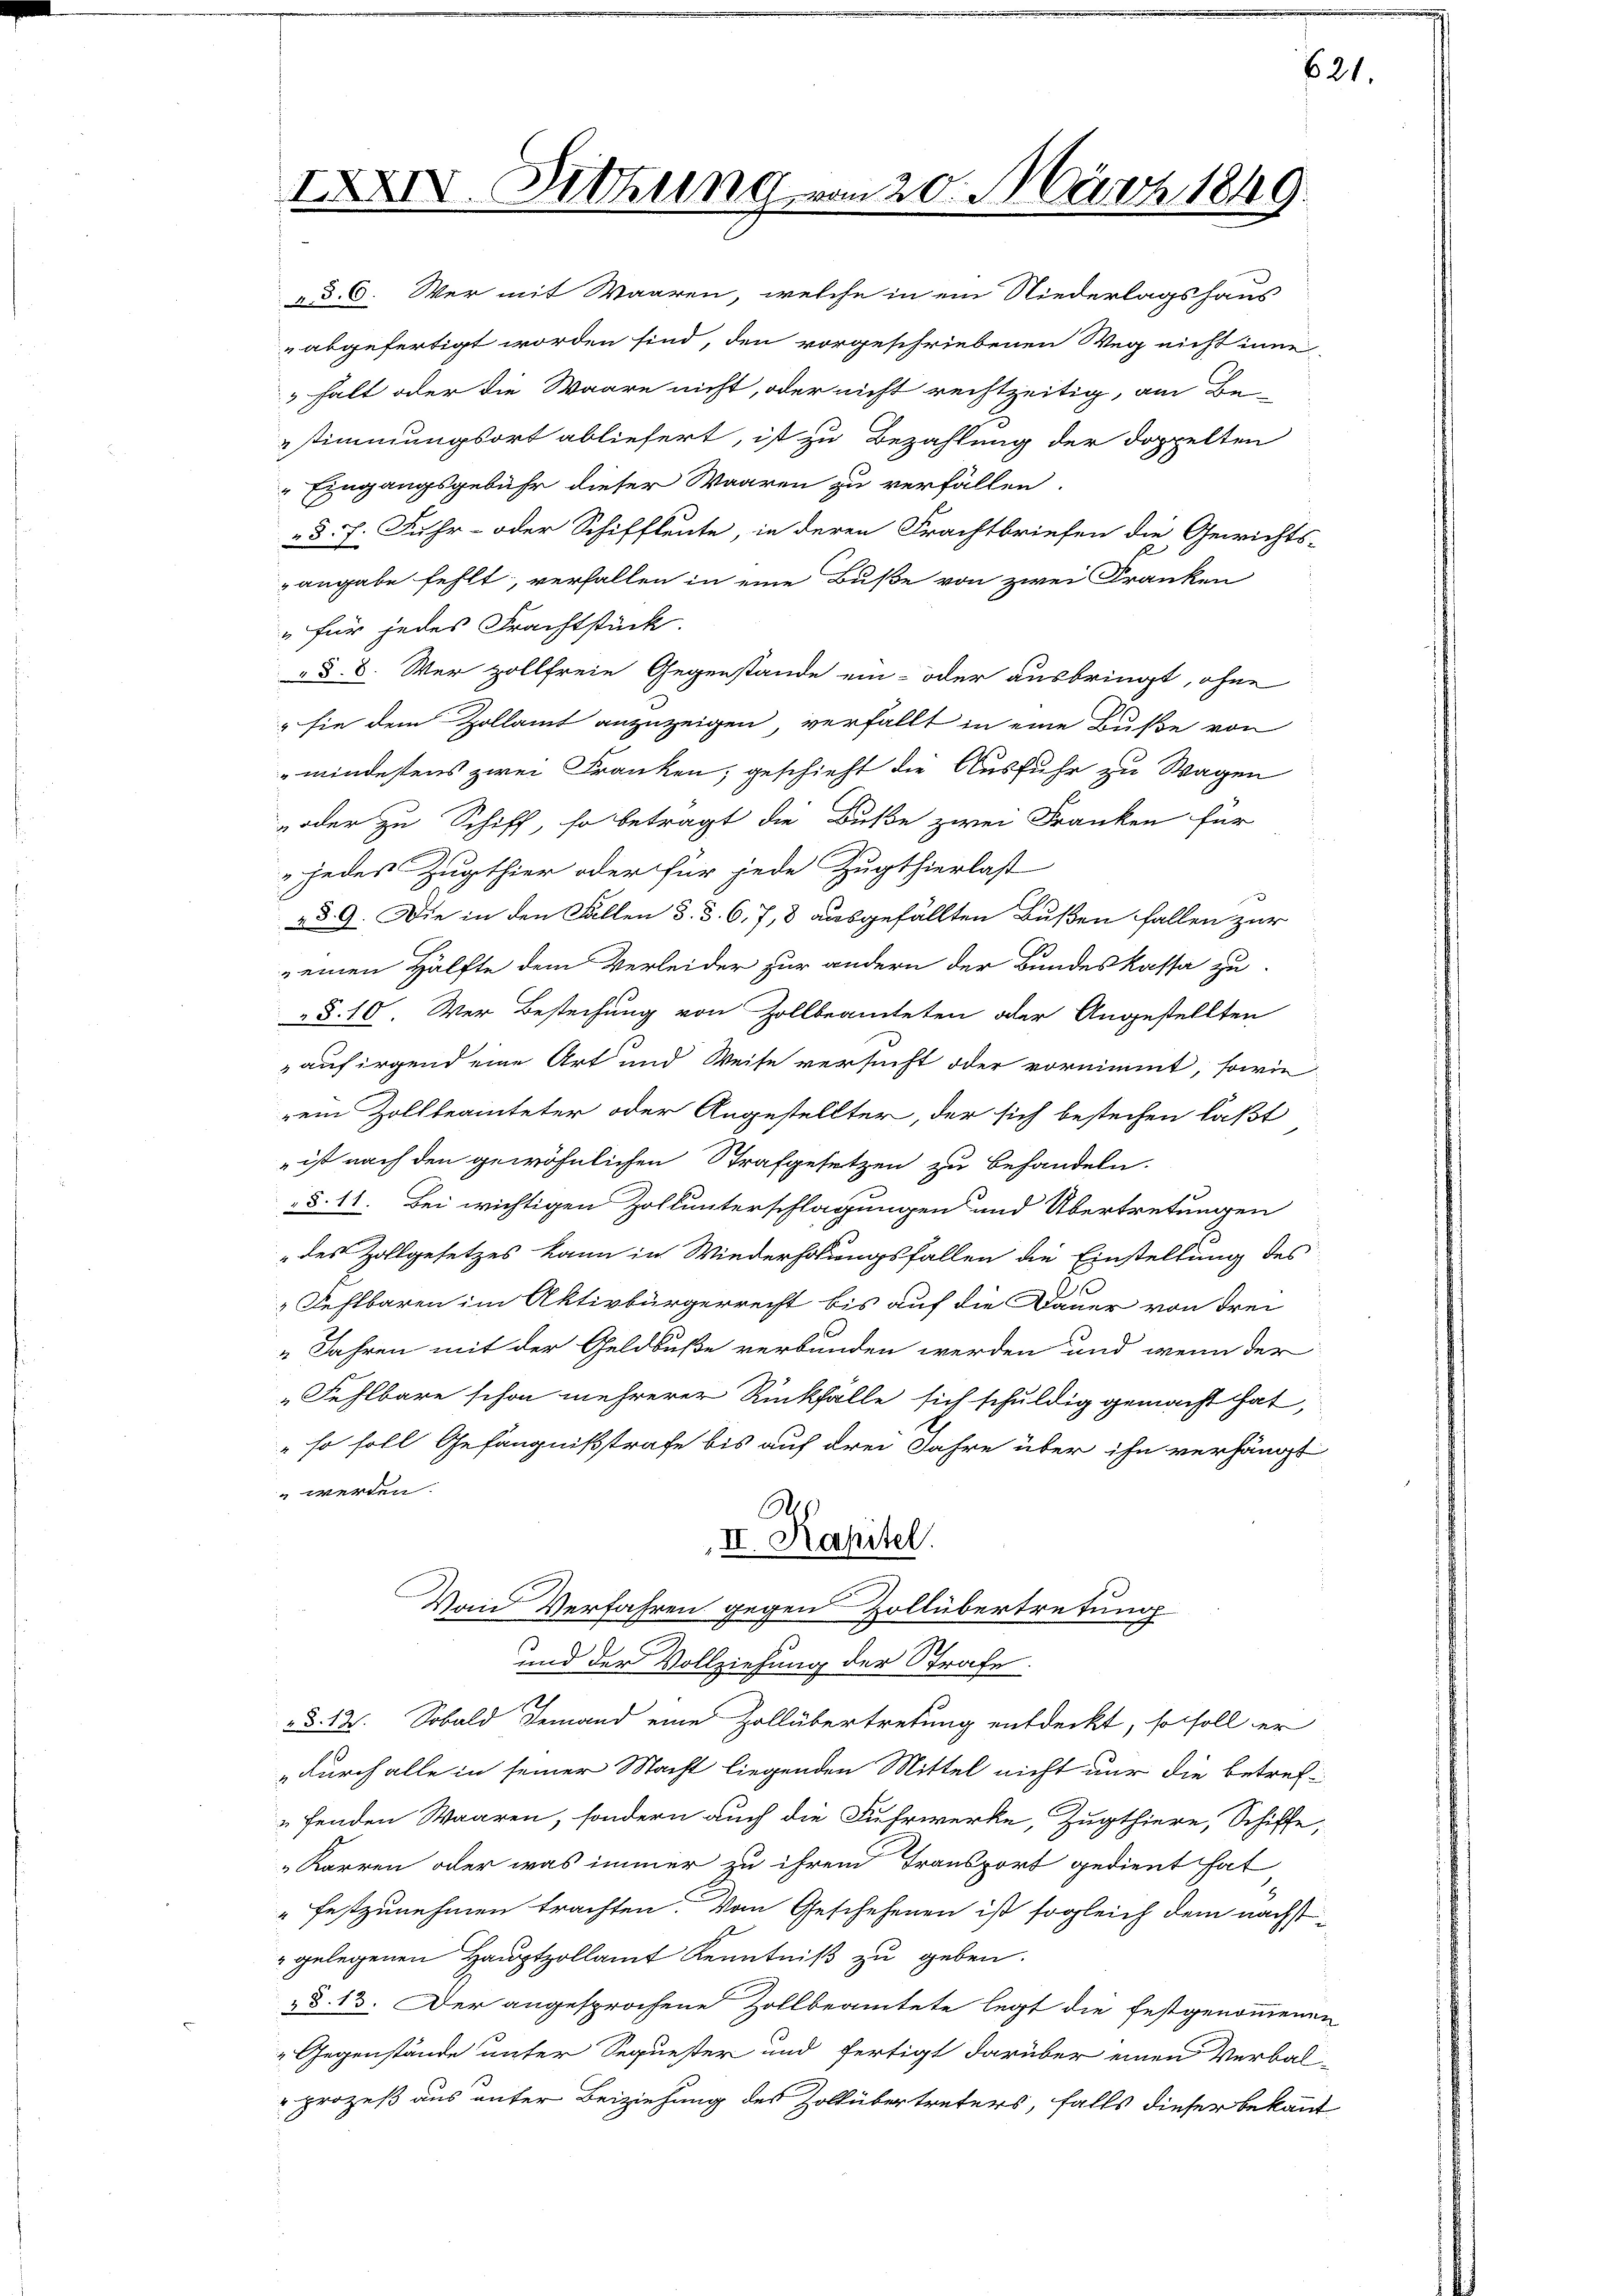
IXXIV. Setzung vom 20. März 1849.

d. 6. Wer mit Waaren, welche in ein Niederlagshaus
abgefertigt worden sind, den vorgeschriebenen Weg nicht inne
 halt oder die Waare nicht, oder nicht rechtzeitig, am Be-
stimmungsort abliefert, ist zu Bezahlung der doppelten
Eingangsgebühr dieser Waaren zu verfällen.
d. J. Fuhr- oder Schiffleute, in deren Frachtbriefen die Gewichts-
angabe fehlt, verfallen in eine Buße von zwei Franken
" für jedes Frachtstück.
§. 8. Wer zollfreie Gegenstände ein- oder ausbringt, ohne
" sie dem Zollamt anzuzeigen, verfällt in eine Buße von
mindestens zwei Franken, geschieht die Ausfuhr zu Wagen
oder zu Schiff, so beträgt die Buße zwei Franken für
„jedes Zugthier oder für jede Zugthierlast
§§ 9. Die in den Fällen 3. d. 6, 7, 8 ausgefällten Bußen fallen zur
 einen Hälfte dem Verleider zur andern der Bundeskassa zu
§§. 10. Wer Bestechung von Zollbeamteten oder Angestellten
 auf irgend eine Art und Weise versucht oder vornimmt, sowie
rein Zollbeamteter oder Angestellter, der sich bestechen laßt
 ist nach den gewöhnlichen Strafgesetzen zu behandeln.
§. 11. Bei wichtigen Zoll unterschlagungen und Übertretungen
des Zollgesetzes kann in Wiederholungsfallen die Einstellung des
 Fehlbaren im Aktivbürgerrecht bis auf die Dauer von Frei
" Jahren mit der Geldbuße verbunden werden und wenn der
Fehlbare schon mehrerer Rückfälle sich schuldig gemacht hat,
" so soll Gefängnißstrafe bis auf drei Jahre über ihn verhängt
 werden.
As
II. Kapitel.
Vom Verfahren gegen Zollübertretung
und der Vollziehung der Strafe.
§. 12. Sobald Jemand eine Zollübertretung entdeckt, so soll er
durch alle in seiner Macht liegenden Mittel nicht nur die betreffenden Waaren, sondern auch die Fuhrwerke, Zugthiere, Schiffe,
Karren oder was immer zu ihrem Transport gedient hat
"festzunehmen trachten. Von Geschehenen ist sogleich dem nächst-
" gelegenen Hauptzollamt Kenntniß zu geben.
„§. 13. Der angesprochene Zollbeamtete legt die festgenommenen
Gegenstände unter Sequester und fertigt darüber einen Verbal-
"prozeß aus unter Beiziehung des Zoltübertreters, falls dieser bekannt

621.